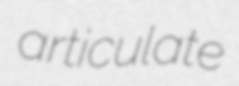
articulate